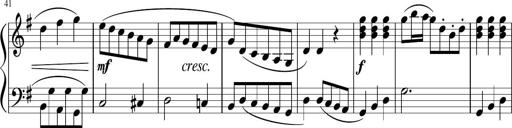
Title: 12 Keyboard Sonatinas
Composer: James Hook